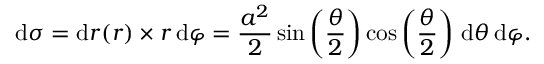
\mathrm { d } \sigma = \mathrm { d } r ( r ) \times r \, \mathrm { d } \varphi = { \frac { a ^ { 2 } } { 2 } } \sin \left( { \frac { \theta } { 2 } } \right) \cos \left( { \frac { \theta } { 2 } } \right) \, \mathrm { d } \theta \, \mathrm { d } \varphi .